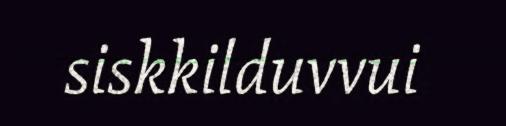
siskkilduvvui